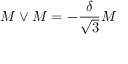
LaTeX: M \vee M = - \frac { \delta } { \sqrt { 3 } } M